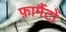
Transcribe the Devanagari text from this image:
फ़ार्मैटों